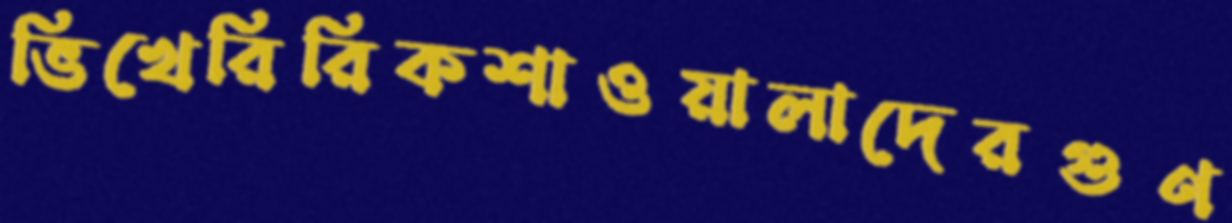
ভিখেরিরিকশাওয়ালাদেরগুণ